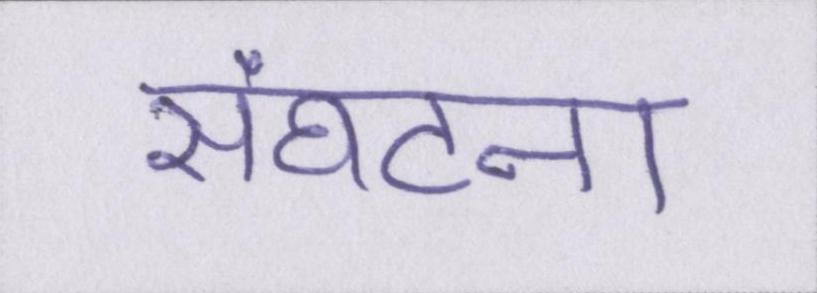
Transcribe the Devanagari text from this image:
संघटना